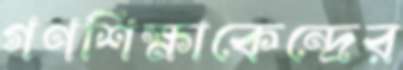
গণশিক্ষাকেন্দ্রের